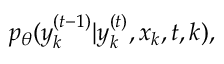
p _ { \theta } ( y _ { k } ^ { ( t - 1 ) } | y _ { k } ^ { ( t ) } , x _ { k } , t , k ) ,